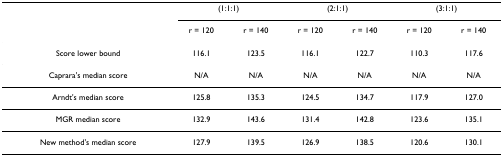
<table><thead><tr><td></td><td colspan="2"><b>(1:1:1)</b></td><td colspan="2"><b>(2:1:1)</b></td><td colspan="2"><b>(3:1:1)</b></td></tr><tr><td></td><td><b>r = 120</b></td><td><b>r = 140</b></td><td><b>r = 120</b></td><td><b>r = 140</b></td><td><b>r = 120</b></td><td><b>r = 140</b></td></tr></thead><tbody><tr><td>Score lower bound</td><td>116.1</td><td>123.5</td><td>116.1</td><td>122.7</td><td>110.3</td><td>117.6</td></tr><tr><td>Caprara&#x27;s median score</td><td>N/A</td><td>N/A</td><td>N/A</td><td>N/A</td><td>N/A</td><td>N/A</td></tr><tr><td>Arndt&#x27;s median score</td><td>125.8</td><td>135.3</td><td>124.5</td><td>134.7</td><td>117.9</td><td>127.0</td></tr><tr><td>MGR median score</td><td>132.9</td><td>143.6</td><td>131.4</td><td>142.8</td><td>123.6</td><td>135.1</td></tr><tr><td>New method&#x27;s median score</td><td>127.9</td><td>139.5</td><td>126.9</td><td>138.5</td><td>120.6</td><td>130.1</td></tr></tbody></table>